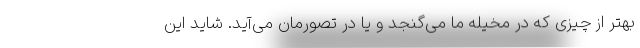
بهتر از چیزی که در مخیله ما می‌گنجد و یا در تصورمان می‌آید. شاید این